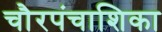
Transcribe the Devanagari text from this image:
चौरपंचाशिका